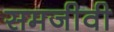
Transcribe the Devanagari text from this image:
समजीवी